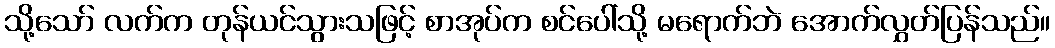
သို့သော် လက်က တုန်ယင်သွားသဖြင့် စာအုပ်က စင်ပေါ်သို့ မရောက်ဘဲ အောက်လွှတ်ပြန်သည်။